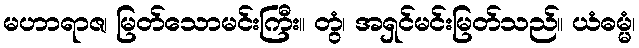
မဟာရာဇ၊ မြတ်သောမင်းကြီး။ တွံ၊ အရှင်မင်းမြတ်သည်။ ယံဓမ္မံ၊